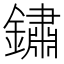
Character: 鏽